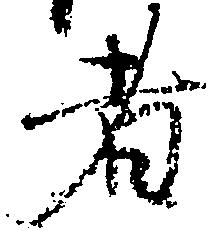
者